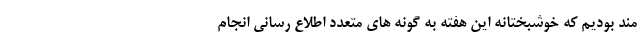
مند بودیم که خوشبختانه این هفته به گونه های متعدد اطلاع رسانی انجام